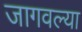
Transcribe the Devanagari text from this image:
जागवल्या